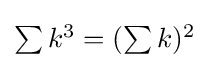
\textstyle \sum k^{3}=(\sum k)^{2}